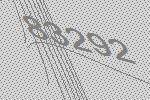
83292